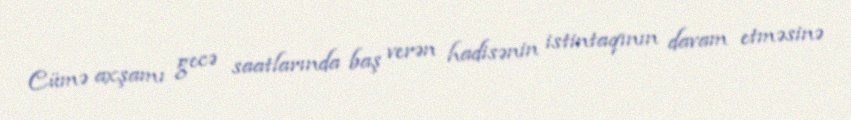
Cümə axşamı gecə saatlarında baş verən hadisənin istintaqının davam etməsinə